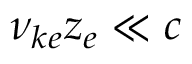
\nu _ { k e } z _ { e } \ll c